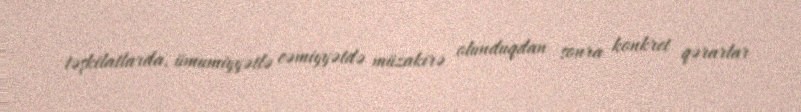
təşkilatlarda, ümumiyyətlə cəmiyyətdə müzakirə olunduqdan sonra konkret qərarlar